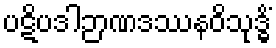
ပဋိပဒါဉာဏဒဿနဝိသုဒ္ဓိံ